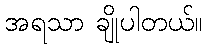
အရသာ ချိုပါတယ်။